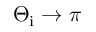
\Theta _ { \mathrm { i } } \to \pi